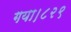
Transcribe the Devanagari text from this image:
गया।८२९